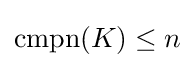
\mathrm {cmpn} (K)\leq n